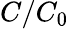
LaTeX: C/C_{0}